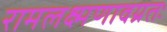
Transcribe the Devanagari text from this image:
रामलक्ष्मणावग्रतः